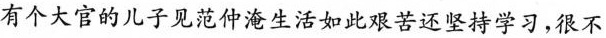
有个大官的儿子见范仲淹生活如此艰苦还坚持学习，很不